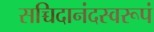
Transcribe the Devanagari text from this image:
सच्चिदानंदस्वरूपं